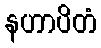
နဟာပိတံ